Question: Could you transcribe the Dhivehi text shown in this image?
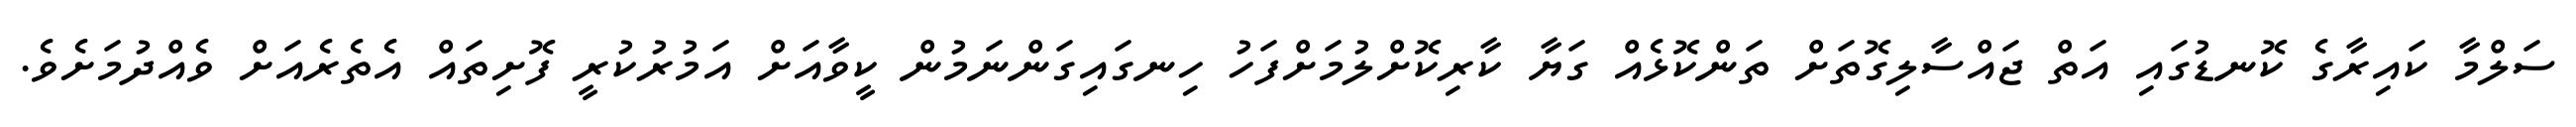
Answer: ސަލްމާ ކައިރާގެ ކޮނޑުގައި އަތް ޖައްސާލިގޮތަށް ތަންކޮޅެއް ގަޔާ ކާރިކޮށްލުމަށްފަހު ހިނގައިގަންނަމުން ކީވާއަށް އަމުރުކުރީ ފޮށިތައް އެތެރެއަށް ވެއްދުމަށެވެ.